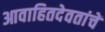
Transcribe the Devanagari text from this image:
आवाहितदेवतांचें